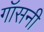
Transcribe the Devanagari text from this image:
गॉसनी